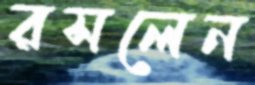
রসলেন